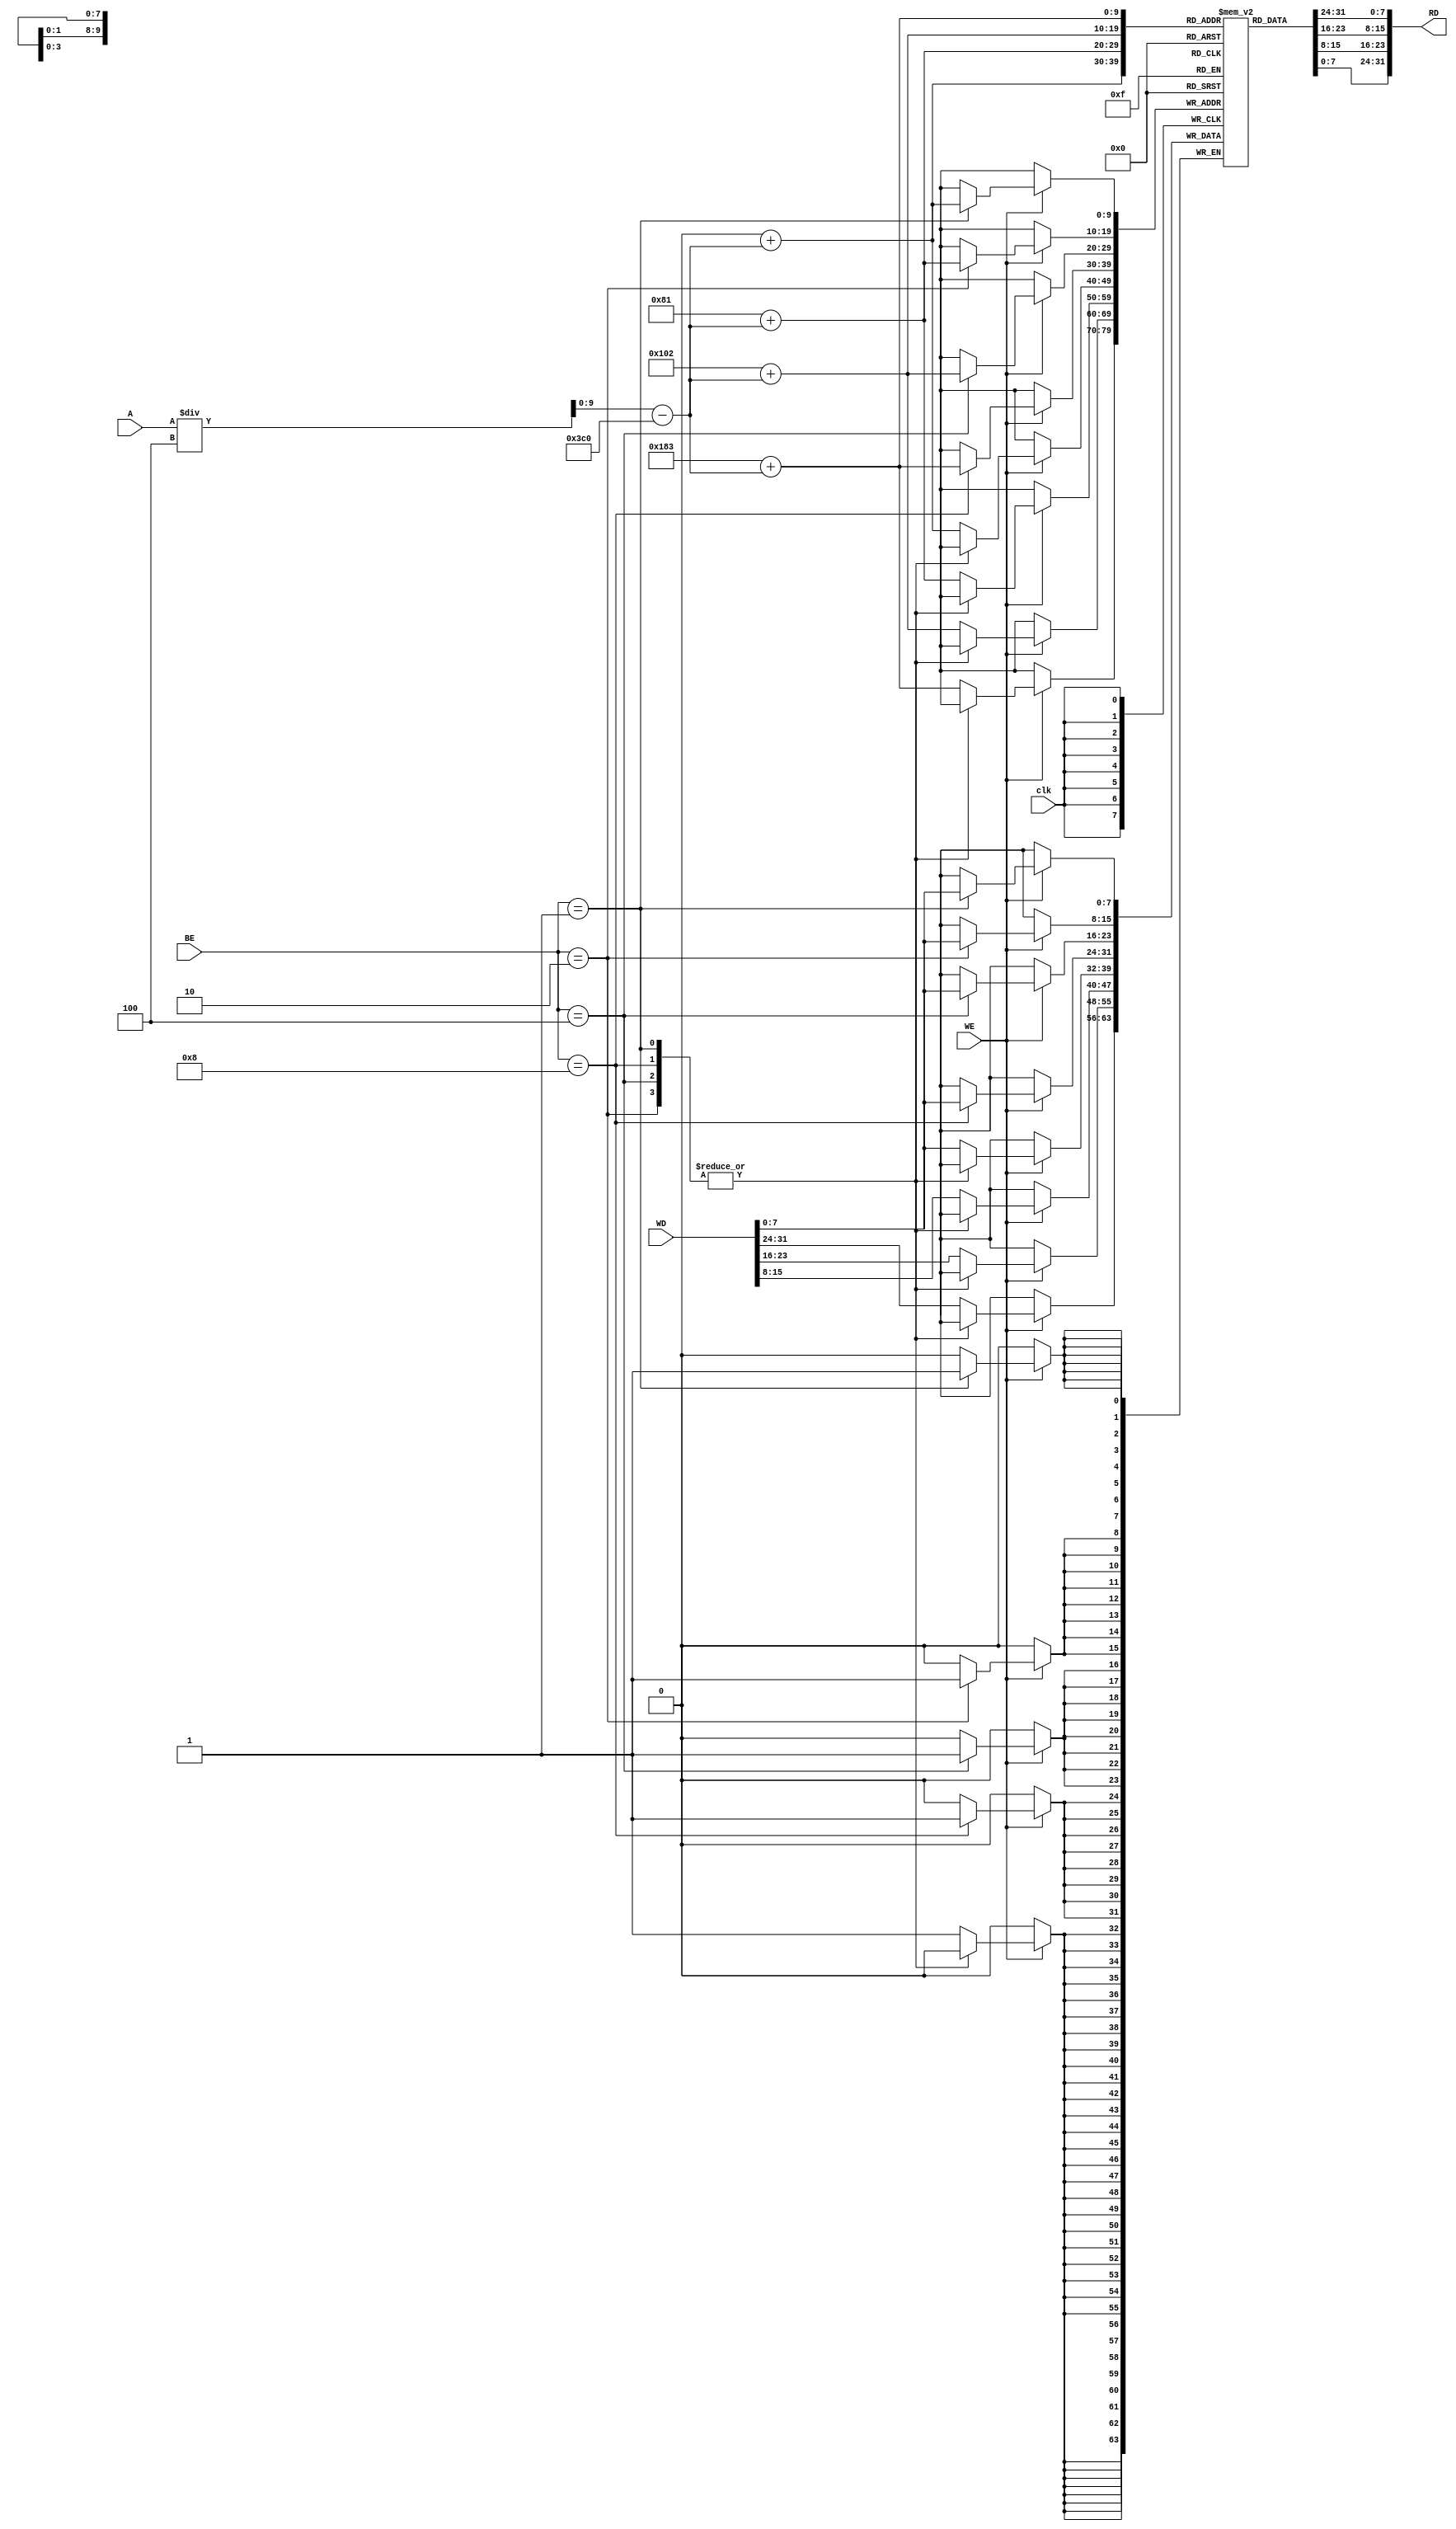
module DataMemory	(
						input clk,		      	   // Seal de reloj.
						input wire WE,            	// Enable de la escritura.
						input wire [3:0] BE,       // Byte al cual se habilita la escritura.
						input wire [31:0] A,      	// Direccin de lectura/escritura. 
						input wire [31:0] WD,    	// Dato a escribir.
						output [31:0] RD			  	// Dato a leer de memoria en la A.
						);
						
  // Definicin de la memoria
  parameter MEM_DEPTH = 64;
  reg [7:0] RAM[3:0][MEM_DEPTH:-MEM_DEPTH];
  // Definicin de variable para inicializar valores en la memoria.	
  integer i;
  // Procedimiento para el funcionamiento de una instruccin por cada +4 
  wire [31:0] ADiv4;
  wire [31:0] Ad;
  assign ADiv4 = A/4;
  //	Divido entre cuatro es un LSR, por lo que hay que extender el signo del nmero.
  assign Ad = {{2{A[31]}},ADiv4[29:0]};
  // Se inicializa la memoria en 0s.
  initial
		for(i=(-MEM_DEPTH);i<(MEM_DEPTH+1);i=i+1)
			begin
				RAM[0][i] = 8'b0;
				RAM[1][i] = 8'b0;
				RAM[2][i] = 8'b0;
				RAM[3][i] = 8'b0;
			end 
	// Lectura de un dato.(asncrona)	
	assign RD = {RAM[3][Ad],RAM[2][Ad],RAM[1][Ad],RAM[0][Ad]};
	// Escritura de un dato.(sncrona)
	always @(posedge clk) 		
		if(WE == 1)
	// Se escribe un byte.(sb)
			case(BE)
				4'b0001: RAM[0][Ad] <= WD[7:0];			// Byte 0
				4'b0010: RAM[1][Ad] <= WD[7:0];			// Byte 1
				4'b0100: RAM[2][Ad] <= WD[7:0];			// Byte 2
				4'b1000: RAM[3][Ad] <= WD[7:0];			// Byte 3
	// Por defecto se escriben todos los bytes.(sw)
				default:	begin
								RAM[0][Ad] <= WD[7:0];
								RAM[1][Ad] <= WD[15:8];
								RAM[2][Ad] <= WD[23:16];
								RAM[3][Ad] <= WD[31:24];
							end
			endcase
endmodule